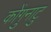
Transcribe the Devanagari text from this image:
कोंगुनाटु